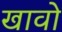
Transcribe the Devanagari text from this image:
खावो